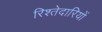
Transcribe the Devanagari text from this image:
रिश्तेदारियों